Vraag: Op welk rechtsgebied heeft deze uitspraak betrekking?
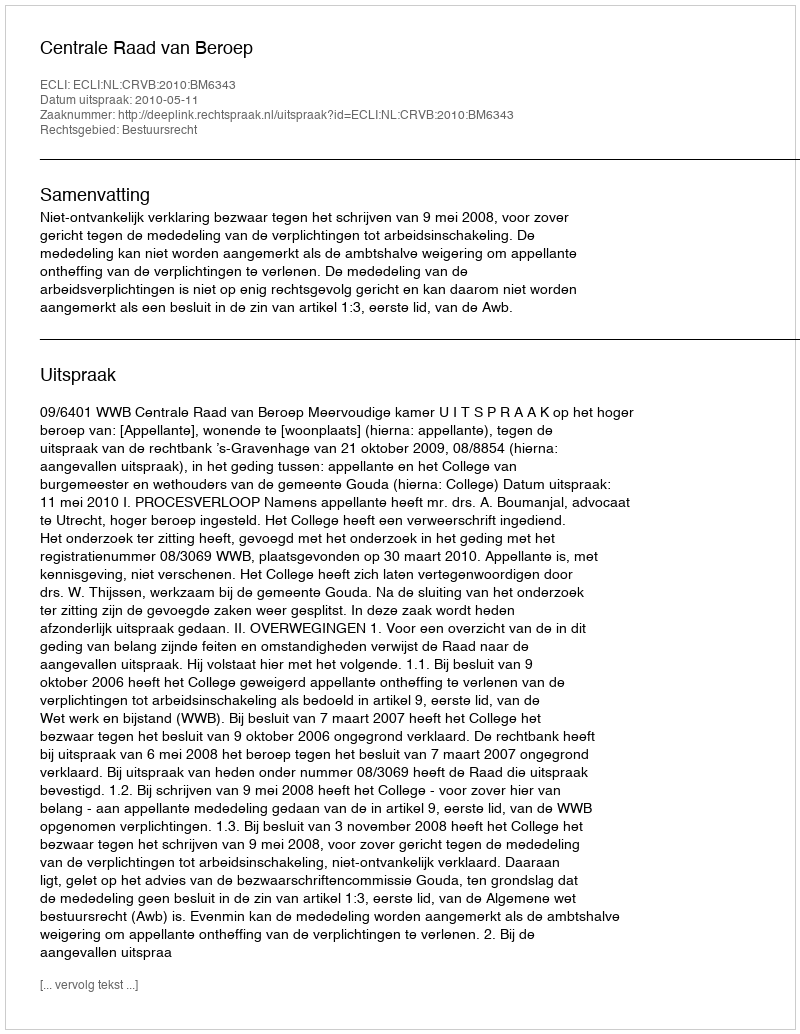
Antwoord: Bestuursrecht